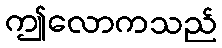
ဤလောကသည်